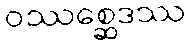
ဝဿစ္ဆေဒဿ